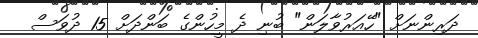
ދަރިންނަށް "ހޭއަރުވާލަން" ބުނި ދެ މީހުންގެ ބަންދަށް 15 ދުވަސް